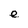
Character: e